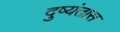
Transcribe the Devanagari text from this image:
दुष्यंतास